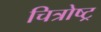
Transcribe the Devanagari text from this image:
चित्रोष्ट्र